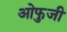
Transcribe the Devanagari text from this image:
ओफुजी